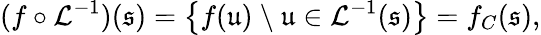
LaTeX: (f\circ\mathcal{L}^{-1})(\mathfrak{s})=\left\{ f(\mathfrak{u})\ \backslash\ \mathfrak{u}\in\mathcal{L}^{-1}(\mathfrak{s})\right\} =f_{C}(\mathfrak{s}),